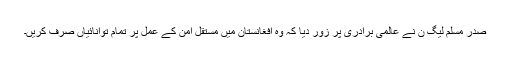
صدر مسلم لیگ ن نے عالمی برادری پر زور دیا کہ وہ افغانستان میں مستقل امن کے عمل پر تمام توانائیاں صرف کریں۔